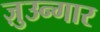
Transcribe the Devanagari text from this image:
ज़ुउन्गार